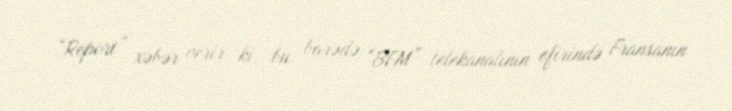
“Report” xəbər verir ki, bu barədə “BFM” telekanalının efirində Fransanın